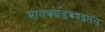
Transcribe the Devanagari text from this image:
मायक्रोडिव्हाइसेस